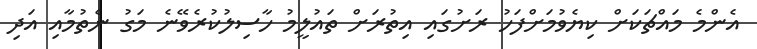
އެންމެ މައްޗަކަށް ކިޔެވުމަށްފަހު ރަށުގައި އިތުރަށް ތައުލީމު ހާސިލުކުރެވޭނެ މަގު ނެތުމާއި އަދި